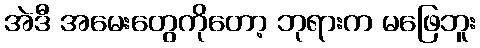
အဲဒီ အမေးတွေကိုတော့ ဘုရားက မဖြေဘူး